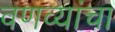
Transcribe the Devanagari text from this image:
वणव्यांचा